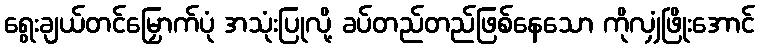
ရွေးချယ်တင်မြှောက်ပုံ အသုံးပြုလို့ ခပ်တည်တည်ဖြစ်နေသော ကိုလျှံဖြိုးအောင်